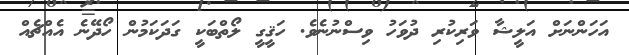
އަހަންނަށް އަލީޝާ ވަރިކުރި ދުވަހު ވިސްނުނެވެ. ހަޤީގީ ލޯތްބަކީ ގަދަކަމުން ހޯދޭނެ އެއްޗެއް